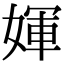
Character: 媈